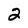
Character: 2